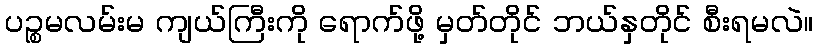
ပဉ္စမလမ်းမ ကျယ်ကြီးကို ရောက်ဖို့ မှတ်တိုင် ဘယ်နှတိုင် စီးရမလဲ။